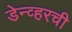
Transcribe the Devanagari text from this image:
डेन्व्हरची